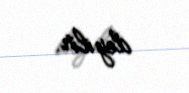
deyilir.